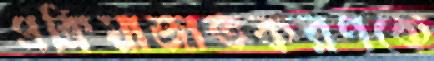
প্রক্রিয়াজাতকরণকে